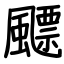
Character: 飃